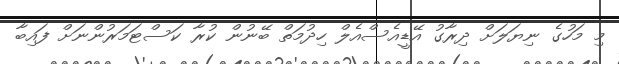
މި މަހުގެ ނިޔަލަށް ދިރާގު އޭޑީއެސްއެލް ހިދުމަތް ބޭނުން ކުރާ ކަސްޓަމަރުންނަށް ފައިބާ